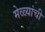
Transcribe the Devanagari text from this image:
मेळ्यांची